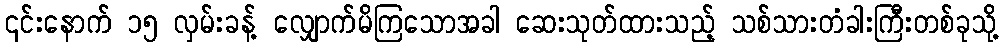
၎င်းနောက် ၁၅ လှမ်းခန့် လျှောက်မိကြသောအခါ ဆေးသုတ်ထားသည့် သစ်သားတံခါးကြီးတစ်ခုသို့